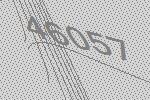
46057